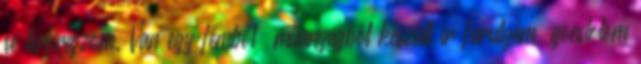
se tervrajzom. Van egy fémből műanyagból készült ír furulyám, gondolom